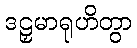
ဒဠှမာရုဟိတွာ